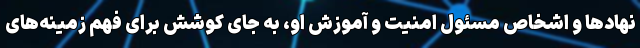
نهاد‌ها و اشخاص مسئول امنیت و آموزش او، به جای کوشش برای فهم زمینه‌های